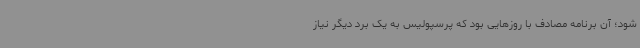
شود؛ آن برنامه مصادف با روزهایی بود که پرسپولیس به یک برد دیگر نیاز